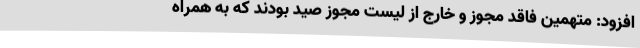
افزود: متهمین فاقد مجوز و خارج از لیست مجوز صید بودند که به همراه